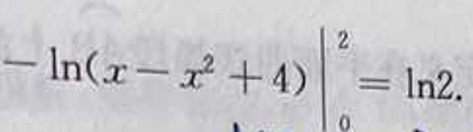
\[-\left.\ln(x - x^{2}+4)\right|_{0}^{2}=\ln2.\]